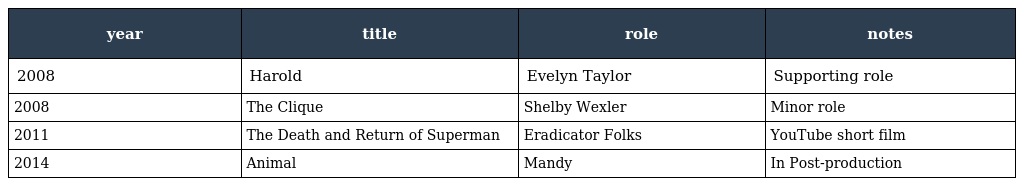
| year | title | role | notes |
 | --- | --- | --- | --- |
 | 2008 | Harold | Evelyn Taylor | Supporting role |
 | 2008 | The Clique | Shelby Wexler | Minor role |
 | 2011 | The Death and Return of Superman | Eradicator Folks | YouTube short film |
 | 2014 | Animal | Mandy | In Post-production |